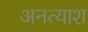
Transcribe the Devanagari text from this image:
अनत्याश